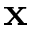
{ \bf x }